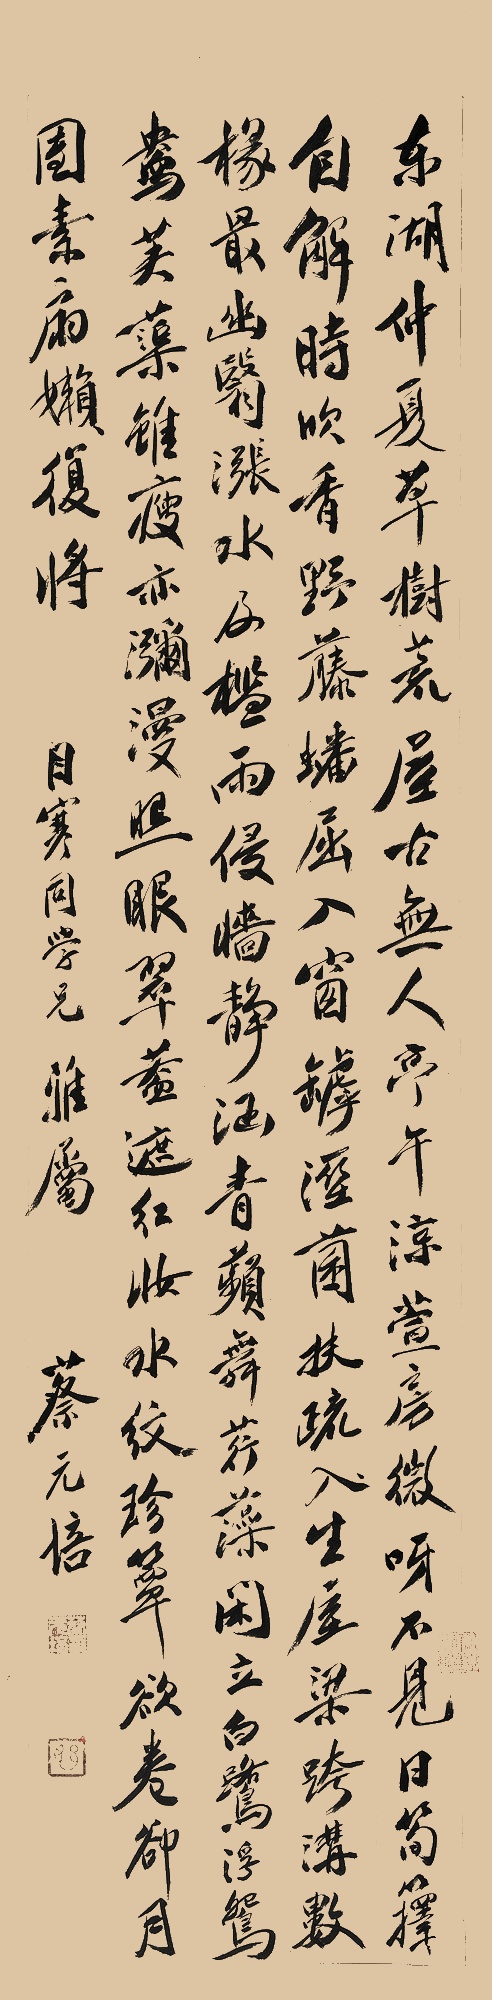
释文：东湖仲夏草树荒，屋古无人亭午凉。萱房微呀不见日，笋箨自解时吹香。野藤蟠屈入窗罅，湿菌扶疏生屋梁。跨沟数椽最幽翳，涨水及槛雨侵墙。静涵青苹舞荇藻，闲立白鹭浮鸳鸯。芙蕖虽瘦亦弥漫，照眼翠盖遮红妆。水纹珍簟欲卷却，月团素扇嬾复将。目寒同学兄雅属。蔡元培。